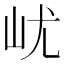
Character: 𡵔